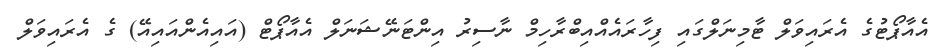
އެއާޕޯޓުގެ އެރައިވަލް ޓާމިނަލްގައި ފިހާރައެއްއިބްރާހިމް ނާސިރު އިންޓަނޭޝަނަލް އެއާޕޯޓް (އައިއެންއައިއޭ) ގެ އެރައިވަލް